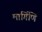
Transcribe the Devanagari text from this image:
मार्गिणि